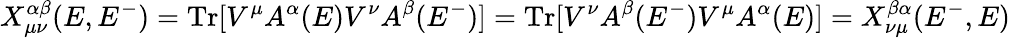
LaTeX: X_{\mu\nu}^{\alpha\beta}(E,E^{-})=\operatorname{Tr}[V^{\mu}A^{\alpha}(E)V^{\nu}A^{\beta}(E^{-})]=\operatorname{Tr}[V^{\nu}A^{\beta}(E^{-})V^{\mu}A^{\alpha}(E)]=X_{\nu\mu}^{\beta\alpha}(E^{-},E)